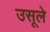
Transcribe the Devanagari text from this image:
उसूले